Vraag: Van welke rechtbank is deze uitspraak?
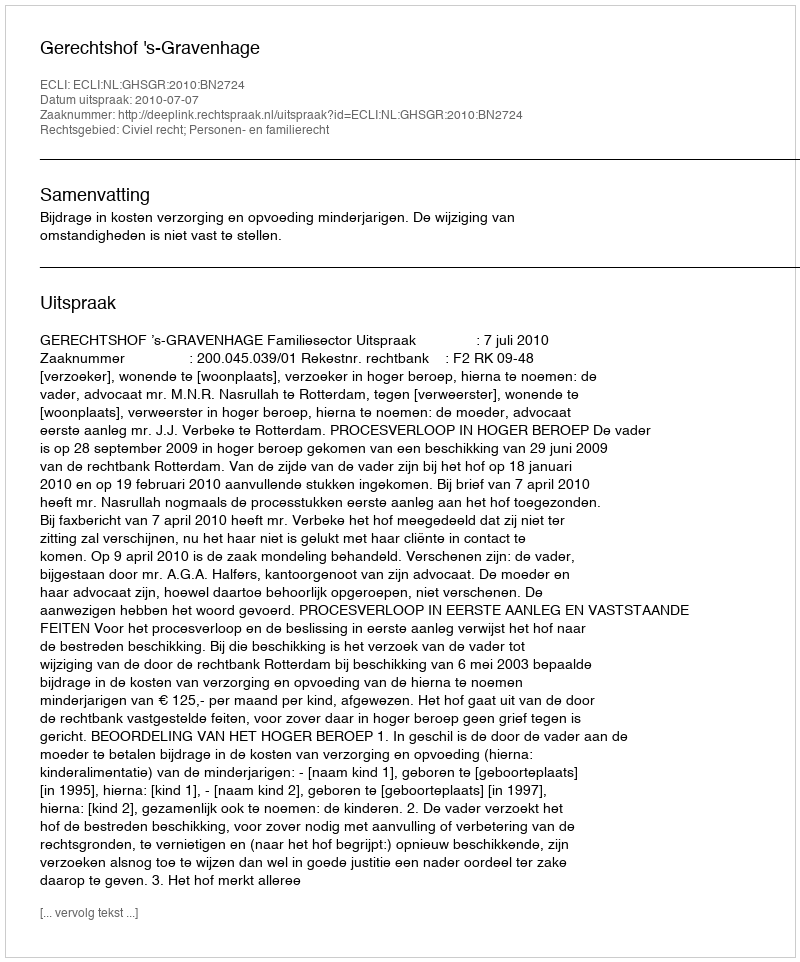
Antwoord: Gerechtshof 's-Gravenhage